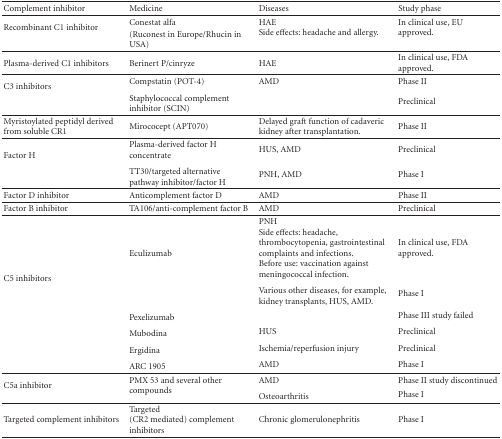
| Complement inhibitor | Medicine | Diseases | Study phase |
 | --- | --- | --- | --- |
 | <ROWSPAN=2> Recombinant C1 inhibitor | Conestat alfa | <ROWSPAN=2> HAESide effects: headache and allergy. | <ROWSPAN=2> In clinical use, EU approved. |
 | (Ruconest in Europe/Rhucin in USA) |
 | Plasma-derived C1 inhibitors | Berinert P/cinryze | HAE | In clinical use, FDA approved. |
 | <ROWSPAN=2> C3 inhibitors | Compstatin (POT-4) | AMD | Phase II |
 | Staphylococcal complement inhibitor (SCIN) |  | Preclinical |
 | Myristoylated peptidyl derived from soluble CR1 | Mirococept (APT070) | Delayed graft function of cadaveric kidney after transplantation. | Phase II |
 | <ROWSPAN=2> Factor H | Plasma-derived factor H concentrate | HUS, AMD | Preclinical |
 | TT30/targeted alternative pathway inhibitor/factor H | PNH, AMD | Phase I |
 | Factor D inhibitor | Anticomplement factor D | AMD | Phase II |
 | Factor B inhibitor | TA106/anti-complement factor B | AMD | Preclinical |
 | <ROWSPAN=6> C5 inhibitors | <ROWSPAN=2> Eculizumab | PNHSide effects: headache, thrombocytopenia, gastrointestinal complaints and infections.Before use: vaccination against meningococcal infection. | In clinical use, FDA approved. |
 | Various other diseases, for example, kidney transplants, HUS, AMD. | Phase I |
 | Pexelizumab |  | Phase III study failed |
 | Mubodina | HUS | Preclinical |
 | Ergidina | Ischemia/reperfusion injury | Preclinical |
 | ARC 1905 | AMD | Phase I |
 | <ROWSPAN=2> C5a inhibitor | <ROWSPAN=2> PMX 53 and several other compounds | AMD | Phase II study discontinued |
 | Osteoarthritis | Phase I |
 | Targeted complement inhibitors | Targeted (CR2 mediated) complement inhibitors | Chronic glomerulonephritis | Phase I |